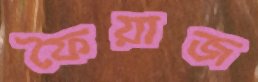
ফৈয়াজ